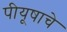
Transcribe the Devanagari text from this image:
पीयूषाचे